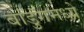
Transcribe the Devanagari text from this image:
बांडुंगमध्ये